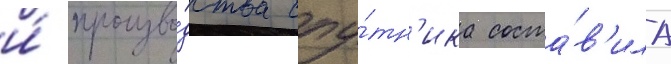
и́ произво́дства спу́тн'ика соста́в'ила